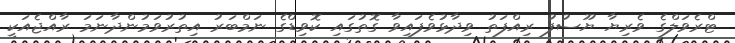
ޓްރެވަލްގެ ވެރިޔާ ޔޫސުފު ރިއްފަތު ވިދާޅުވެފައިވާ ގޮތުގައި ކޮވިޑްގެ ނަމްބަރު އިތުރުވަމުންދާނަމަ ރާއްޖެއަކީ